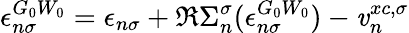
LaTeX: \epsilon_{n\sigma}^{G_{0}W_{0}}=\epsilon_{n\sigma}+\Re\Sigma_{n}^{\sigma}(\epsilon_{n\sigma}^{G_{0}W_{0}})-\mathit{v}_{n}^{xc,\sigma}